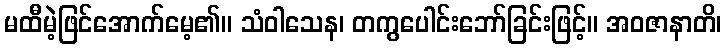
မထီမဲ့ဖြင်အောက်မေ့၏။ သံဝါသေန၊ တကွပေါင်းဘော်ခြင်းဖြင့်။ အဝဇာနာတိ၊